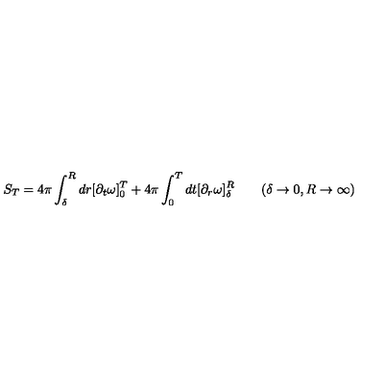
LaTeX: S _ { T } = 4 \pi \int _ { \delta } ^ { R } d r [ \partial _ { t } \omega ] _ { 0 } ^ { T } + 4 \pi \int _ { 0 } ^ { T } d t [ \partial _ { r } \omega ] _ { \delta } ^ { R } \qquad ( \delta \rightarrow 0 , R \rightarrow \infty )